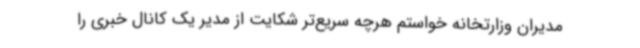
مدیران وزارتخانه خواستم هرچه سریع‌تر شکایت از مدیر یک کانال خبری را